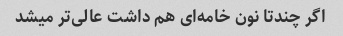
اگر چندتا نون خامه‌ای هم داشت عالی‌تر میشد